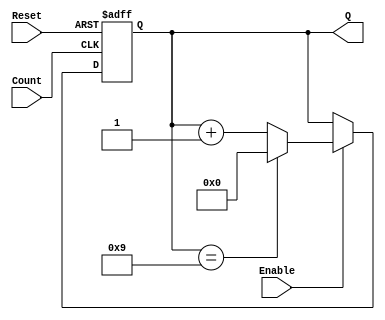
module decade_asynchronous_counter (
    input wire Reset,       // Asynchronous reset signal (active high)
    input wire Enable,      // Enable signal to allow counting
    input wire Count,       // External input signal to trigger counting
    output reg [3:0] Q      // 4-bit output representing the current count
);

// Asynchronous reset and counting logic
always @(posedge Count or posedge Reset) begin
    if (Reset) begin
        Q <= 4'b0000; // Reset the counter to 0000
    end else if (Enable) begin
        if (Q == 4'b1001) begin
            Q <= 4'b0000; // Reset to 0000 after reaching 1001
        end else begin
            Q <= Q + 1; // Increment the counter
        end
    end
end

endmodule